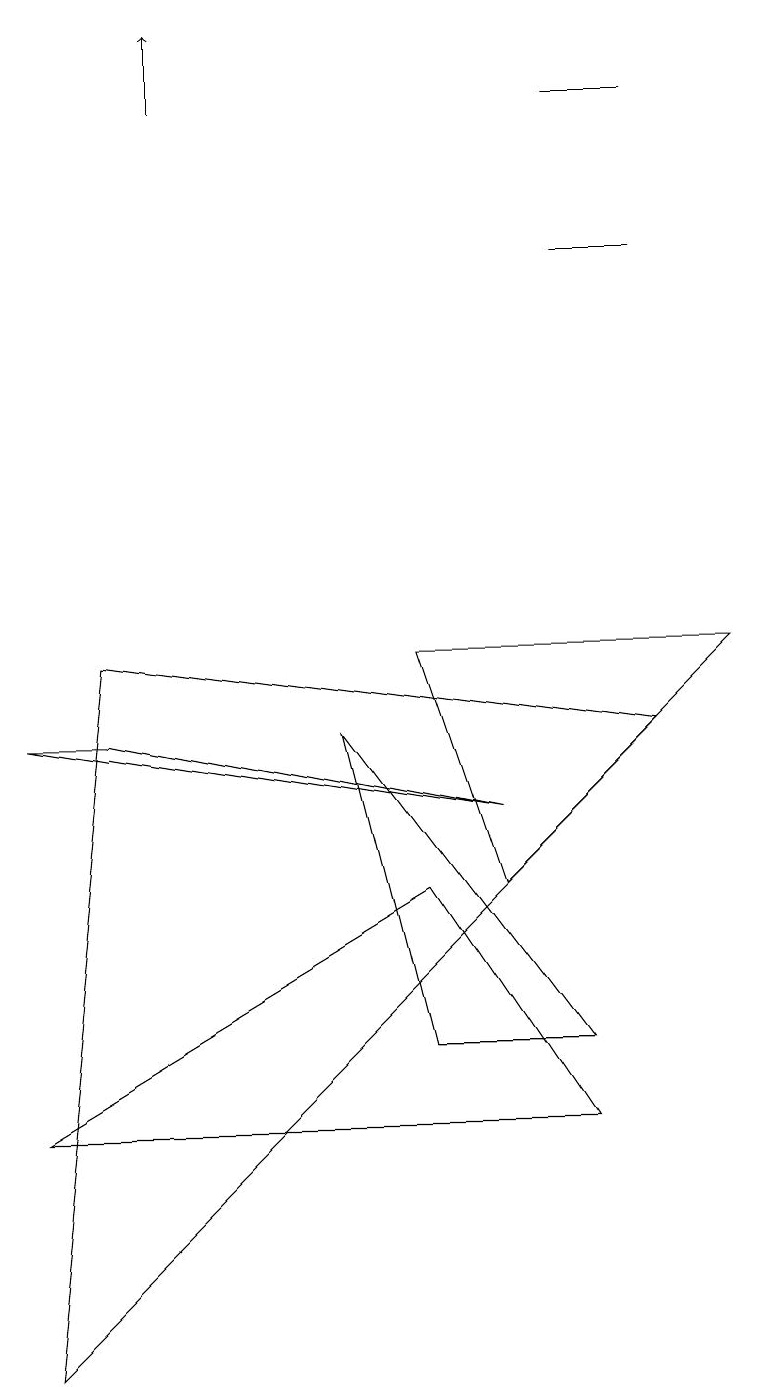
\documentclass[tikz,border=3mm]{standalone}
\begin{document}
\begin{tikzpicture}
\draw (9,9) -- (5,9) -- (6,6) -- cycle;
\draw (7,14) rectangle (8,14);
\draw (6,7) -- (0,8) -- (1,8) -- cycle;
\draw (8,16) rectangle (7,16);
\draw (5,6) -- (7,3) -- (0,3) -- cycle;
\draw (4,8) -- (5,4) -- (7,4) -- cycle;
\draw (1,9) -- (0,0) -- (8,8) -- cycle;
\draw[->] (2,16) -- (2,17);
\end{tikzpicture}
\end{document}